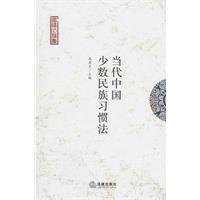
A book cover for Contemporary Chinese minority customary Law; GAO QI CAI ZHU; Law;